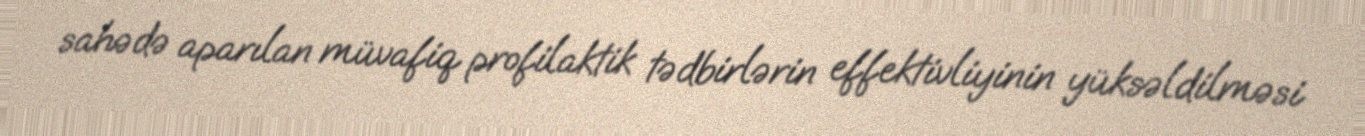
sahədə aparılan müvafiq profilaktik tədbirlərin effektivliyinin yüksəldilməsi